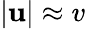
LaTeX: |\mathbf{u}|\approx v